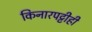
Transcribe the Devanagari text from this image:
किनारपट्टीही